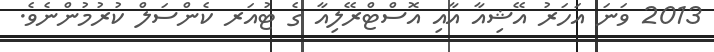
2013 ވަނަ އަހަރު އޭޝިއާ އާއި އޮސްޓްރޭލިއާ ގެ ޓުއަރ ކެންސަލް ކުރުމުންނެވެ.